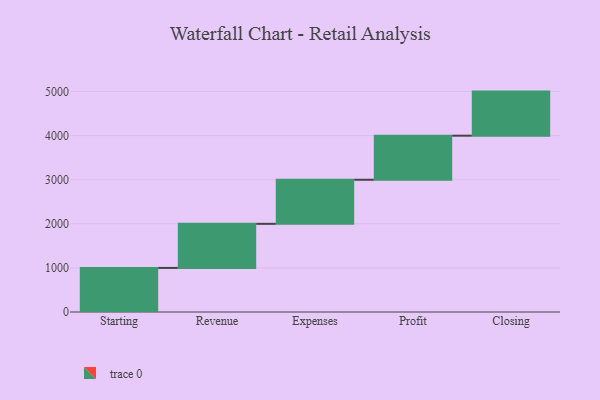
{"axis": {"x": "Step", "y": "Value"}, "legend": [""], "data": [{"x": "Starting", "y": 1000, "type": ""}, {"x": "Revenue", "y": 1000, "type": ""}, {"x": "Expenses", "y": 1000, "type": ""}, {"x": "Profit", "y": 1000, "type": ""}, {"x": "Closing", "y": 1000, "type": ""}]}